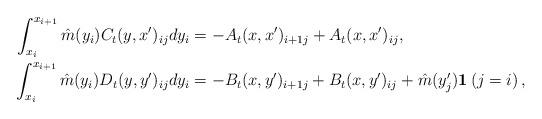
LaTeX: \begin{align*}\int_{x_i}^{x_{i+1}}\hat{m}(y_i)C_{t}(y,x')_{ij}dy_i&=-A_t(x,x')_{i+1j}+A_t(x,x')_{ij},\\\int_{x_i}^{x_{i+1}}\hat{m}(y_i)D_t(y,y')_{ij}dy_i&=-B_t(x,y')_{i+1j}+B_t(x,y')_{ij}+\hat{m}(y_j')\textbf{1}\left(j=i\right),\end{align*}